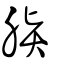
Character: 臔